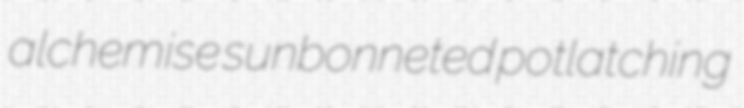
alchemise sunbonneted potlatching